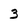
Character: 3